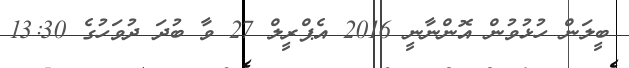
ބީލަން ހުޅުވުން އޮންނާނީ 2016 އެޕްރީލް 27 ވާ ބުދަ ދުވަހުގެ 13:30